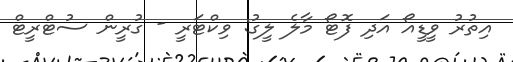
އިތުރު ވީޑީއޯ އަދި ފޮޓޯ މާލެ ލީގު: ވިކްޓަރީ - ގުރީން ސުޓްރީޓް